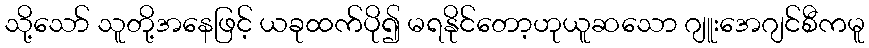
သို့သော် သူတို့အနေဖြင့် ယခုထက်ပို၍ မရနိုင်တော့ဟုယူဆသော ဂျူးအေဂျင်စီကမူ